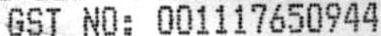
GST NO: 001117650944